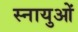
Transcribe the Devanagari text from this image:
स्‍नायुओं